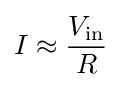
I\approx {\frac {V_{\mathrm {in} }}{R}}